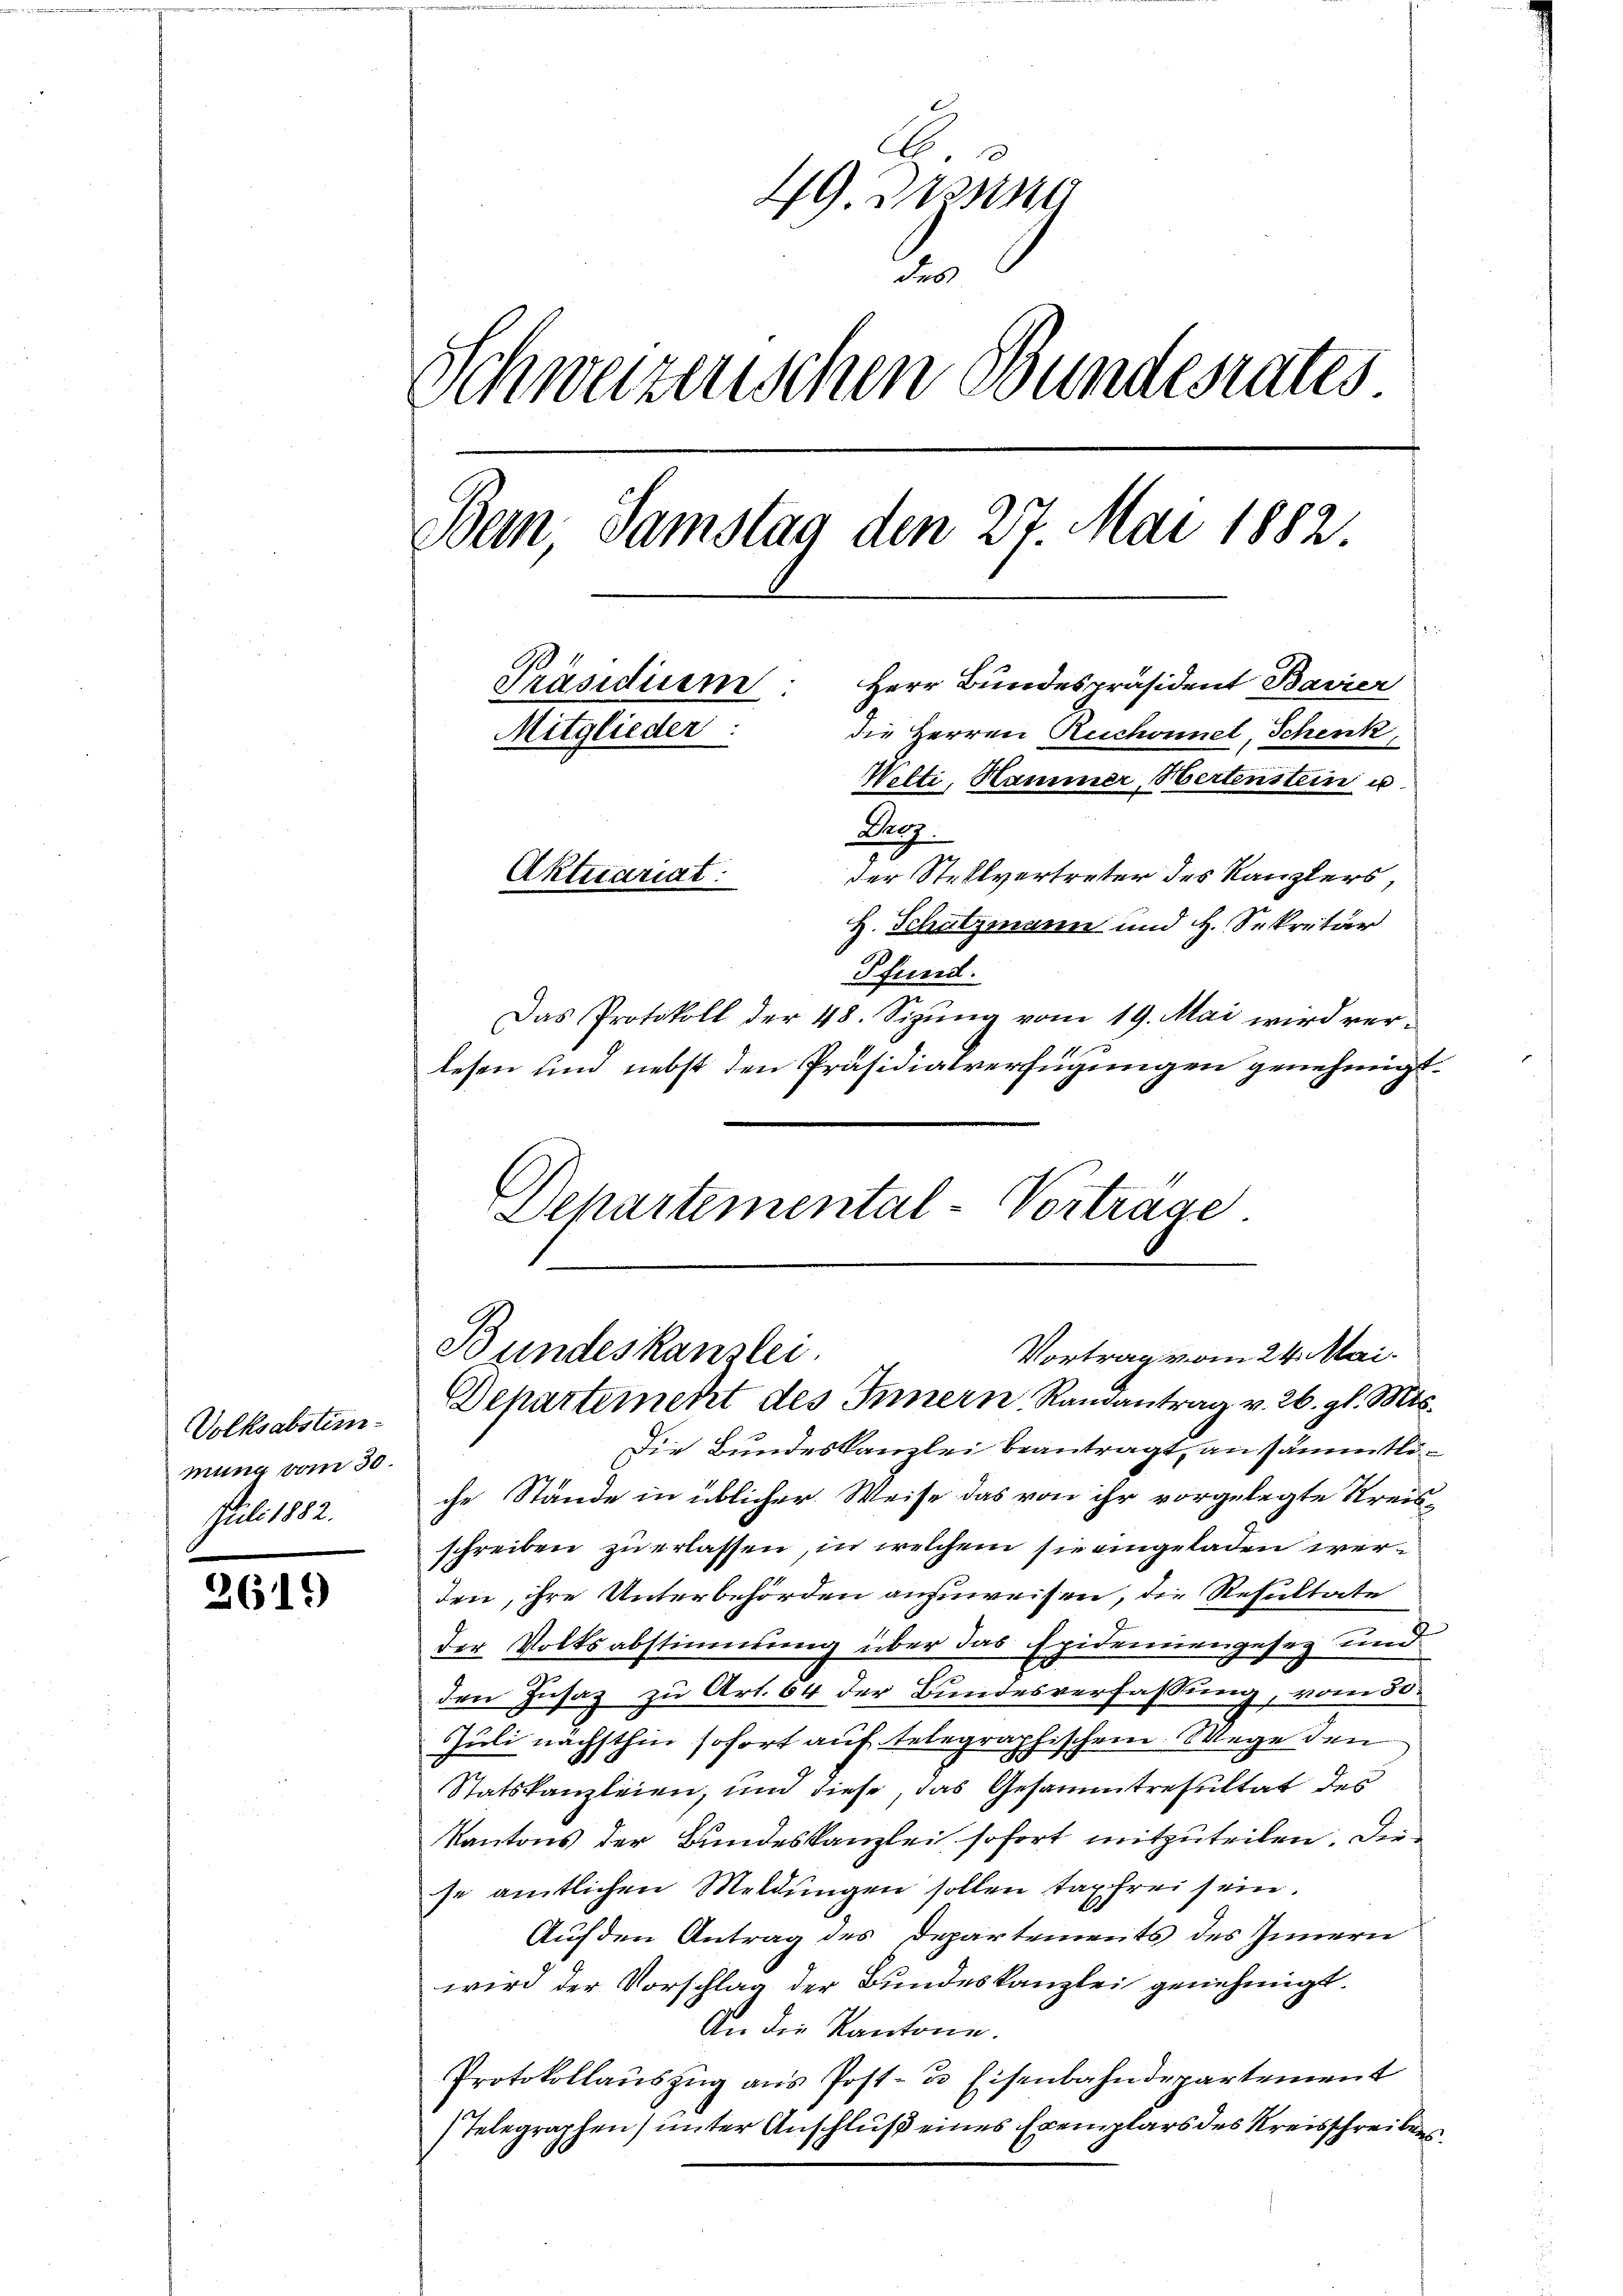
Volksabsteinmung vom 30.
Juli 1882.

2619

49 ein
des
Schweizerischen Bundesrates
Ban Samstag den 27. Mai 1882.
Präsidium. Herr Bundespräsident Bavier
die Herren Ruchonnel, Schenk,
Mitglieder:
Welti, Hammer, Wertenstein u.
Cop.
der Stellvertreter des Kanzlers
Aktuariat:
H. Schatzmann und H. Sekretär
Pfund
Das Protokoll der 48. Sizung vom 19. Mai wird ver-
lesen und nebst den Präsidialverfügungen genehmigt.

Departemental-Vortrage
Bundeskanzlei.
Vortrag vom 24. Mai.
Departement des Innern Randantrag v. 26. gl. Mts.

Die Bundeskanzlei beantragt, an sämmtliche Stände in üblicher Weise das von ihr vorgelegte Streis-
schreiben zu erlassen, in welchem sie eingeladen werden, ihre Unterbehörden anzuweisen, die Resultate
der Volksabstimmung über das Epidemiengesez und
den Insaz zu Art. 64 der Bundesverfassung, vom 55.
Juli nächsthin sofort auf telegraphischem Wege den
Statskanzleien, und diese, das Gesammtresultat des
Kantons der Bundeskanzlei sofort mitzuteilen. Die
se amtlichen Meldungen sollen taxfrei sein.
Auf den Antrag des Departements des Innern
wird der Vorschlag der Bundeskanzlei genehmigt.
An die Kantone.
Protokollauszug aus Post- & Eisenbahndepartement
Telegraphen) unter Anschluß eines Exemplars des Kreisschreibens